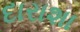
દારાશા